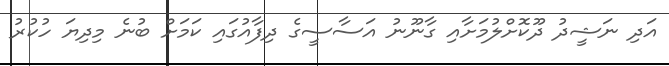
އަދި ނަޝީދު ދޫކޮށްލުމަށާއި ގާނޫނު އަސާސީގެ ދިފާއުގައި ކަމަށް ބުނެ މިދިޔަ ހުކުރު